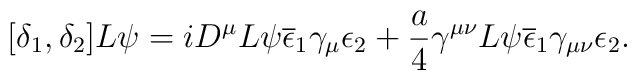
[\delta_{1},\delta_{2}] L \psi = i D^{\mu} L \psi\overline{\epsilon}_{1} \gamma_{\mu} \epsilon_{2} + \frac{a}{4}\gamma^{\mu \nu} L \psi \overline{\epsilon}_{1} \gamma_{\mu \nu} \epsilon_{2}.